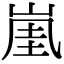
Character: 𡸔